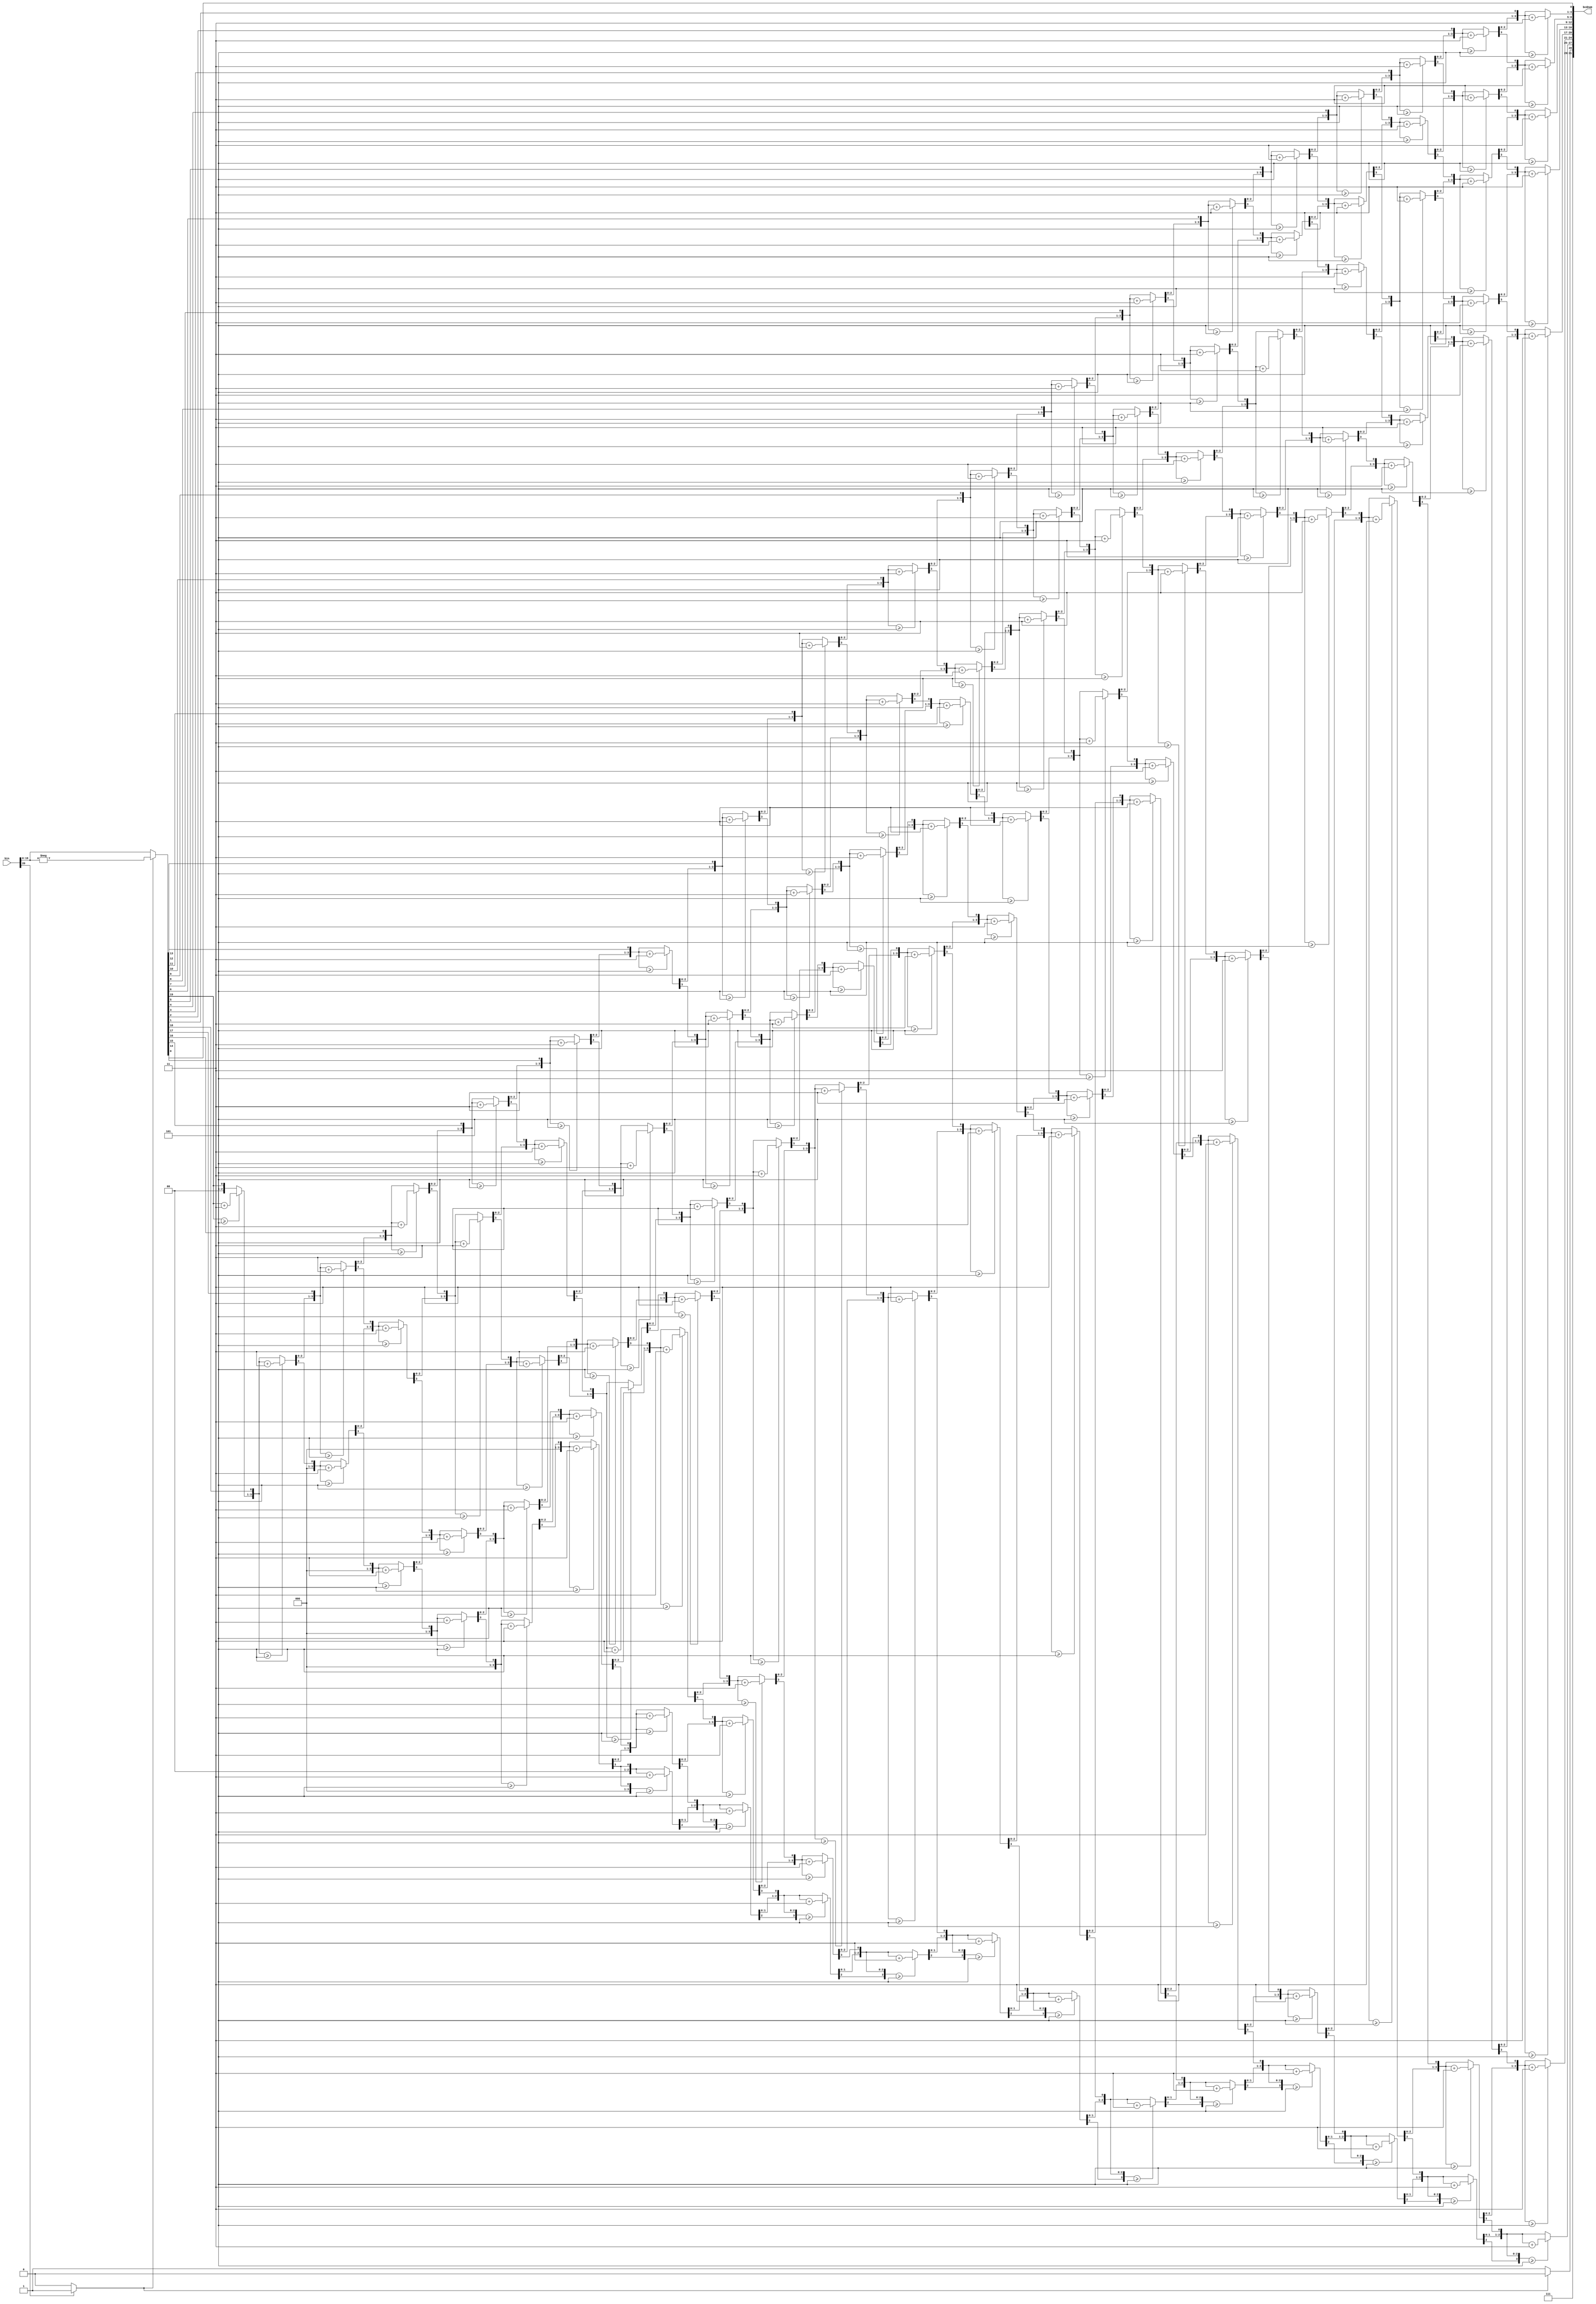
module bintobcd(input signed [20:0] bin,
						output reg [31:0] bcdnum);
						
						
//NB: Fails on -1,048,576 BUT THIS IS OKAY because we will never get this number 
						
//Implementation of the double dabble algorithm
							
		reg [51:0] masterreg;
		reg negative;
		integer i;
		
		
		always @(bin) begin
			//register for scratch spave
			masterreg = {52{1'b0}};
			
			//Keep track of sign of number
			negative = (bin[20] == 1)? 1'b1: 1'b0;
			
			//Absolute binary value put in scratch space
			masterreg[19:0] = (negative)? -bin[19:0]: bin[19:0];

			//Perform algoirthm n (bits) times
			for (i = 0; i < 20; i = i + 1) begin
			  
			
				//Adds three to each BCD digit as needed
				if(masterreg[23:20] >= 4'd5 ) begin
				  masterreg[23:20] = masterreg[23:20] + 4'd3;
				end
				if(masterreg[27:24] >= 4'd5 ) begin
				  masterreg[27:24] = masterreg[27:24] + 4'd3;
				end
				if(masterreg[31:28] >= 4'd5 ) begin
				  masterreg[31:28] = masterreg[31:28] + 4'd3;
				end
				if(masterreg[35:32] >= 4'd5 ) begin
				  masterreg[35:32] = masterreg[35:32] + 4'd3;
				end
				if(masterreg[39:36] >= 4'd5 ) begin
				  masterreg[39:36] = masterreg[39:36] + 4'd3;
				end
				if(masterreg[43:40] >= 4'd5 ) begin
				  masterreg[43:40] = masterreg[43:40] + 4'd3;
				end
				if(masterreg[47:44] >= 4'd5 ) begin
				  masterreg[47:44] = masterreg[47:44] + 4'd3;
				end
				//Left shit		  
				masterreg = masterreg << 1;
				 

			end
			
			//Adds negative sign to rightmost BCD char
			masterreg[51:48] = (negative)? 4'b1110 : 4'b1111;
			
			//Extract BCD string from scratch space
			bcdnum = masterreg[51:20];
		  
		
		end
		
	endmodule